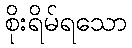
စိုးရိမ်ရသော